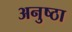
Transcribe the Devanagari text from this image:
अनुष्ठा